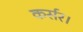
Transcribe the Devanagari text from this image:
कर्सर।